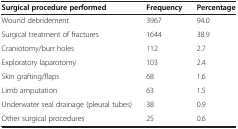
| Surgical procedure performed | Frequency | Percentage |
 | --- | --- | --- |
 | Wound debridement | 3967 | 94.0 |
 | Surgical treatment of fractures | 1644 | 38.9 |
 | Craniotomy/burr holes | 112 | 2.7 |
 | Exploratory laparotomy | 103 | 2.4 |
 | Skin grafting/flaps | 68 | 1.6 |
 | Limb amputation | 63 | 1.5 |
 | Underwater seal drainage (pleural tubes) | 38 | 0.9 |
 | Other surgical procedures | 25 | 0.6 |